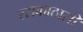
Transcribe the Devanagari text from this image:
रसकाठासी